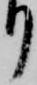
り